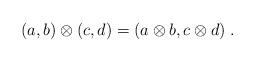
LaTeX: \begin{align*}(a,b)\otimes (c,d)=(a\otimes b,c\otimes d)\;.\end{align*}